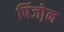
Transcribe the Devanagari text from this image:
पिंजो़न